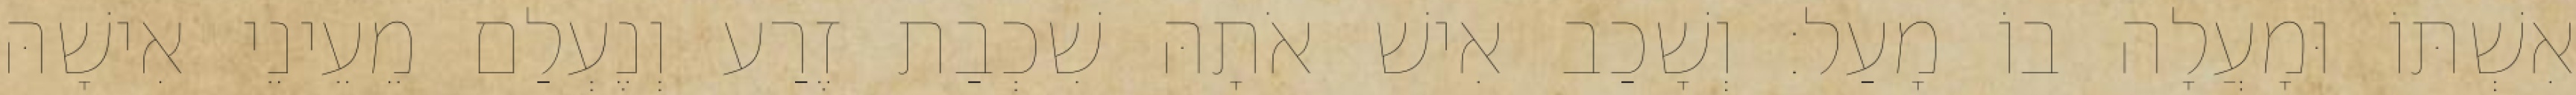
אִשְׁתּוֹ וּמָעֲלָה בוֹ מָעַל׃ וְשָׁכַב אִישׁ אֹתָהּ שִׁכְבַת זֶרַע וְנֶעְלַם מֵעֵינֵי אִישָׁהּ